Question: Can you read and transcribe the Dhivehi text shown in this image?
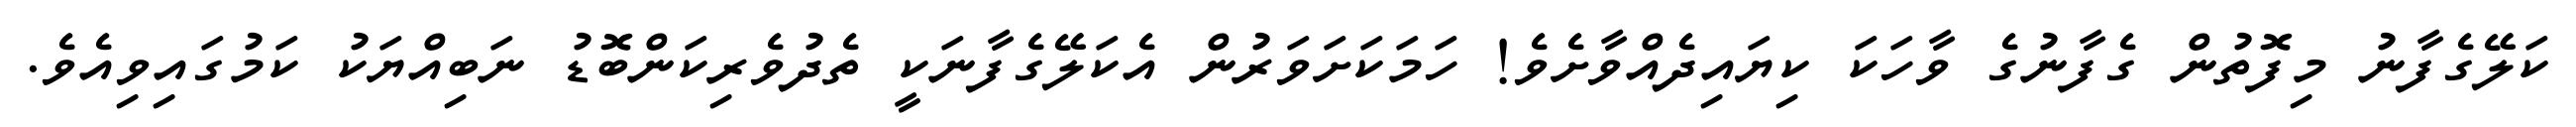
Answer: ކަލޭގެފާނު މިފޮތުން ގެފާނުގެ ވާހަކަ ކިޔައިދެއްވާށެވެ! ހަމަކަށަވަރުން އެކަލޭގެފާނަކީ ތެދުވެރިކަންބޮޑު ނަބިއްޔަކު ކަމުގައިވިއެވެ.